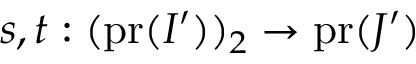
s , t : ( \mathrm { p r } ( I ^ { \prime } ) ) _ { 2 } \to \mathrm { p r } ( J ^ { \prime } )